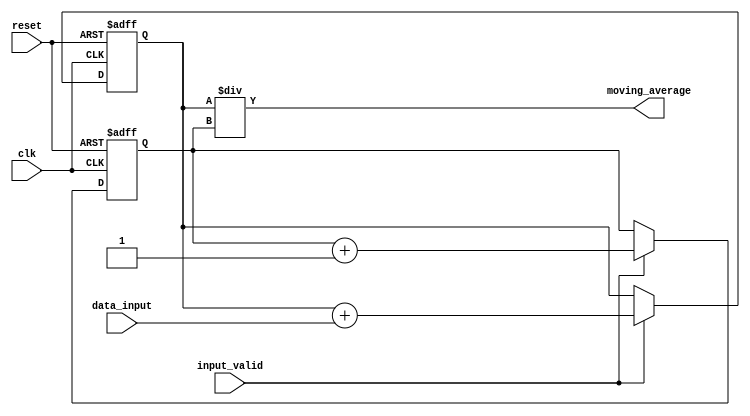
module MovingAverageAccumulator (
    input wire clk,
    input wire reset,
    input wire [7:0] data_input,
    input wire input_valid,
    output reg [15:0] moving_average
);

reg [15:0] sum = 0;
reg [7:0] count = 0;

always @(posedge clk or posedge reset) begin
    if (reset) begin
        sum <= 0;
        count <= 0;
    end else if (input_valid) begin
        sum <= sum + data_input;
        count <= count + 1;
    end
end

always @(*) begin
    moving_average = sum / count;
end

endmodule